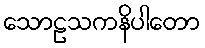
သောဠသကနိပါတော